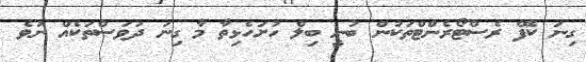
ގިނަ ކެފޭ ރެސްޓޯރެންޓްތަކުން ބުނީ ބިލް ހުށަހެޅިތާ މާ ގިނަ ދުވަސްތަކެއް ނުވެ